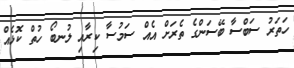
ހަތަރު ސަބްސާ ބޭސަންގެ ތެރަށް އެއް ސަމުސާ ކިރާއި ލުނބޯ ހުތް ކޮޅެއް